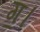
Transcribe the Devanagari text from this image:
ग॒।